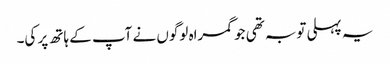
یہ پہلی توبہ تھی جو گمراہ لوگوں نے آپ کے ہاتھ پر کی۔